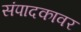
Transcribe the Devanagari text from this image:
संपादकावर